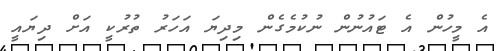
އެ މީހުން އެ ޓައުނުން ނުކުމެގެން މިދިޔަ އަހަރު ތުރުކީ އަށް ދިޔައީ